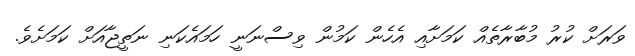
ވަރަށް ކުރު މުބާރާތެއް ކަމަށާއި އެހެން ކަމުން ވިސްނަނީ ހަމައެކަނި ނަތީޖާއަށް ކަމަށެވެ.